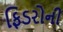
ફિડરોની